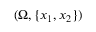
( \Omega , \{ x _ { 1 } , x _ { 2 } \} )